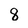
Character: 8